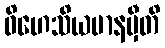
ဝိဟေသိယမာနမှီတိ